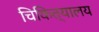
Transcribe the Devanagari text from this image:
चिकित्यालय